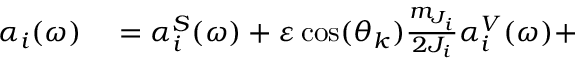
\begin{array} { r l } { \alpha _ { i } ( \omega ) } & { { } = \alpha _ { i } ^ { S } ( \omega ) + \varepsilon \cos ( \theta _ { k } ) \frac { m _ { J _ { i } } } { 2 J _ { i } } \alpha _ { i } ^ { V } ( \omega ) + } \end{array}